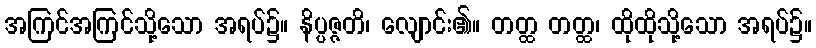
အကြင်အကြင်သို့သော အရပ်၌။ နိပ္ပဇ္ဇတိ၊ လျောင်း၏။ တတ္ထ တတ္ထ၊ ထိုထိုသို့သော အရပ်၌။